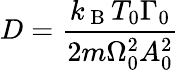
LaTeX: D=\frac{k_{\mathrm{~B~}}T_{0}\Gamma_{0}}{2m\Omega_{0}^{2}A_{0}^{2}}